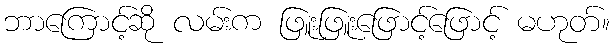
ဘာကြောင့်ဆို လမ်းက ဖြူးဖြူးဖြောင့်ဖြောင့် မဟုတ်။